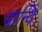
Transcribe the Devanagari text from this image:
मान्वि